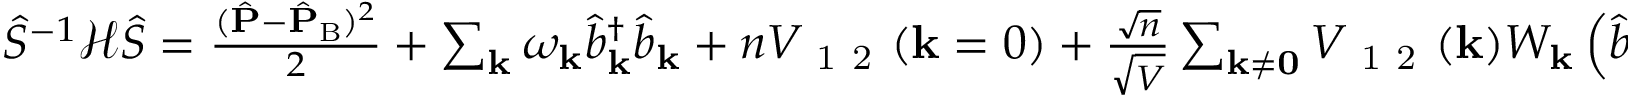
\begin{array} { r } { \hat { S } ^ { - 1 } \mathcal { H } \hat { S } = \frac { ( \hat { \mathbf { P } } - \hat { \mathbf { P } } _ { \mathrm { B } } ) ^ { 2 } } { 2 } + \sum _ { \mathbf { k } } \omega _ { \mathbf { k } } \hat { b } _ { \mathbf { k } } ^ { \dagger } \hat { b } _ { \mathbf { k } } + n V _ { \mathrm { ~ 1 ~ 2 ~ } } ( \mathbf { k } = 0 ) + \frac { \sqrt { n } } { \sqrt { V } } \sum _ { \mathbf { k \neq 0 } } V _ { \mathrm { ~ 1 ~ 2 ~ } } ( \mathbf { k } ) W _ { \mathbf { k } } \left( \hat { b } _ { \mathbf { k } } + \hat { b } _ { - \mathbf { k } } ^ { \dagger } \right) . } \end{array}